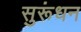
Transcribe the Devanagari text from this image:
सुरूंधन